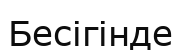
Бесігінде